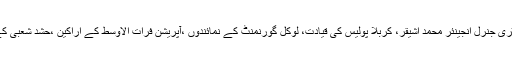
اس یادگاری تقریب میں روضہ مبارک حضرت عباس علیہ السلام کے سیکرٹری جنرل انجینئر محمد اشیقر، کربلا پولیس کی قیادت، لوکل گورنمنٹ کے نمائندوں ،آپریشن فرات الاوسط کے اراکین ،حشد شعبی کے جوانوں ،شہداء کے خاندانوں اور زائرین کی ایک بڑی تعداد نےشرکت کی۔